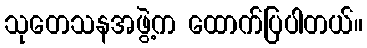
သုတေသနအဖွဲ့က ထောက်ပြပါတယ်။